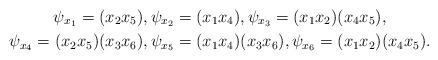
LaTeX: \begin{gather*}\psi_{x_1}=(x_2x_5),\psi_{x_2}=(x_1x_4),\psi_{x_3}=(x_1x_2)(x_4x_5),\\\psi_{x_4}=(x_2x_5)(x_3x_6),\psi_{x_5}=(x_1x_4)(x_3x_6),\psi_{x_6}=(x_1x_2)(x_4x_5). \end{gather*}